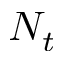
N _ { t }